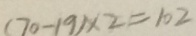
( 7 0 - 1 9 ) \times 2 = 1 0 2